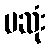
မဆုံး